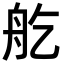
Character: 𦨏